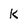
Character: K